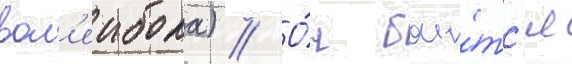
вол'еибола) // О́н бои́тс'я